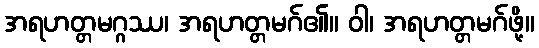
အရဟတ္တမဂ္ဂဿ၊ အရဟတ္တမဂ်၏။ ဝါ၊ အရဟတ္တမဂ်ဖို့။